Vabadussoja_Ajaloo_Komitee, lk 48
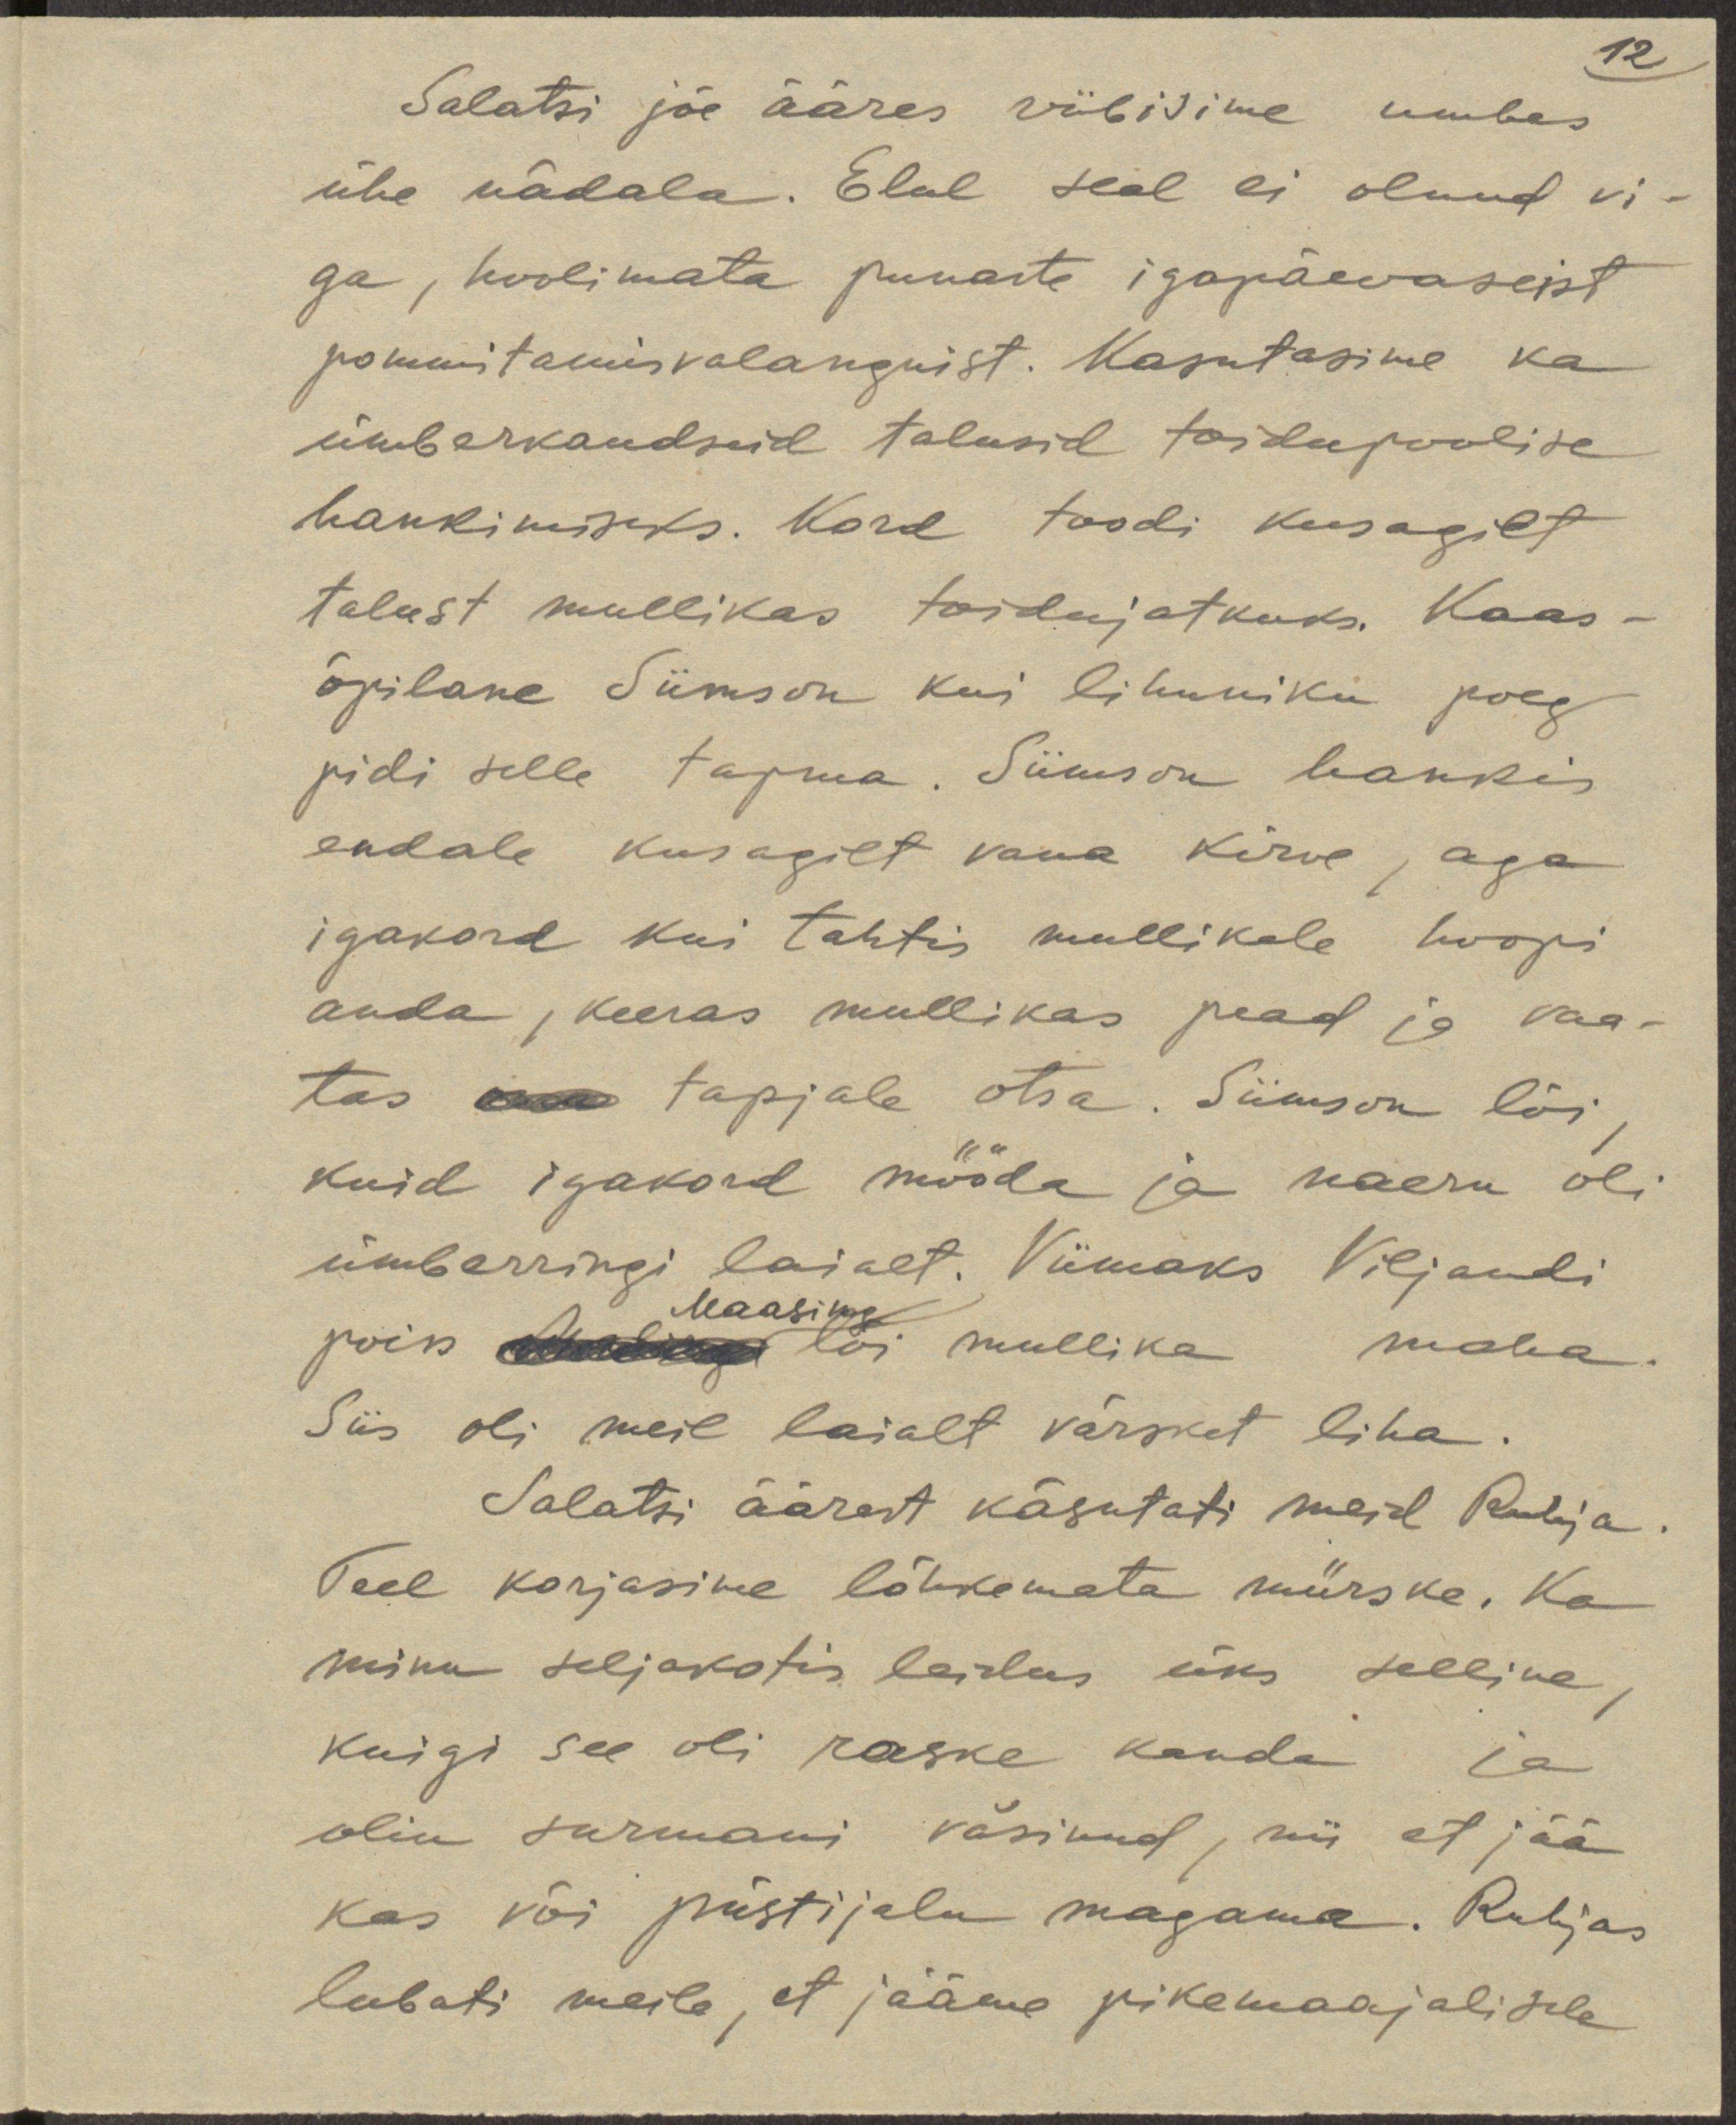
12
Salatsi jõe ääres viibisime umbes
ühe nädala. Elul seal ei olnud vi-
ga, hoolimata punaste igapäevaseist
pommitamisvalanguist. Kasutasime ka
ümberkaudseid talusid toidupoolise
hankimiseks. Kord toodi kusagilt
talust mullikas toidujatkuks. Kaas-
õpilane Siimson kui lihuniku poeg
pidi selle tapma. Siimson hankis
endale kusagilt vana kirve, aga
igakord kui tahtis mullikale hoopi
anda, keeras mullikas pead ja vaa-
tas oma tapjale otsa. Siimson lõi,
kuid igakord mööda ja naeru oli
ümberringi laiast. Viimaks Viljandi
Maasing
poiss Madisega lõi mullika maha.
Siis oli meil laialt värsket liha.
Salatsi äärest käsutati meid Ruhja.
Teel korjasime lõhkemata mürske. Ka
minu seljakotis leidus üks selline,
kuigi see oli raske kanda ja
olin surmani väsinud, nii et jää
kas või püstijalu magama. Ruhjas
lubati meile, et jääme pikemaajalisele